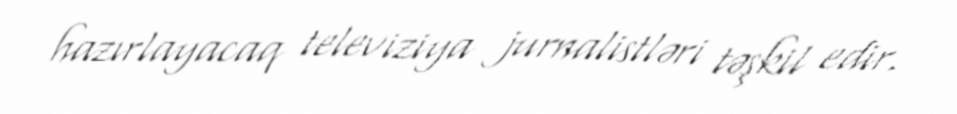
hazırlayacaq televiziya jurnalistləri təşkil edir.